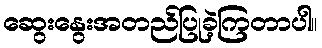
ဆွေးနွေးအတည်ပြုခဲ့ကြတာပါ။